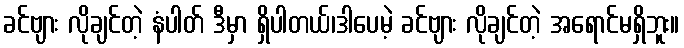
ခင်ဗျား လိုချင်တဲ့ နံပါတ် ဒီမှာ ရှိပါတယ်၊ဒါပေမဲ့ ခင်ဗျား လိုချင်တဲ့ အရောင်မရှိဘူး။